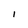
Character: l